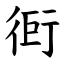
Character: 衐